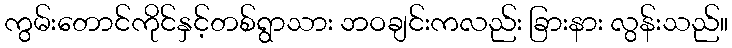
ကွမ်းတောင်ကိုင်နှင့်တစ်ရွာသား ဘဝချင်းကလည်း ခြားနား လွန်းသည်။